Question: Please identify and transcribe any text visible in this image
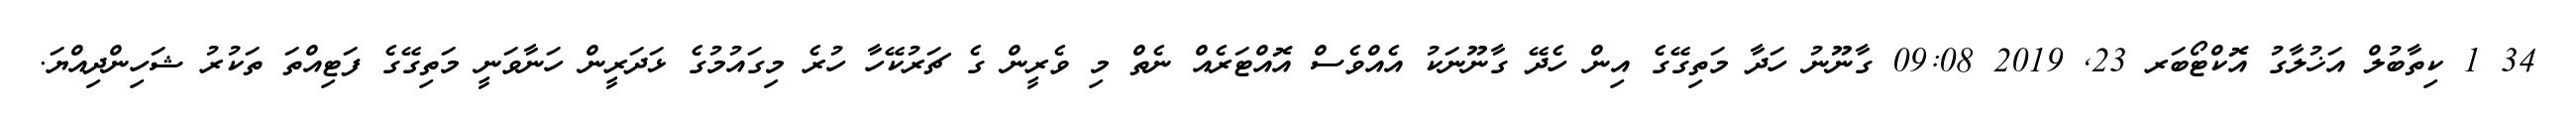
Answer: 34 1 ކިތާބުލް އަޚުލާގު އޮކްޓޯބަރ 23, 2019 09:08 ގާނޫނު ހަދާ މަތިގޭގެ އިން ހެދޭ ގާނޫނަކު އެއްވެސް އޮއްޓަރެއް ނެތް މި ވެރީން ގެ ޗަރުކޭހާ ހުރެ މިގައުމުގެ ޅަދަރީން ހަނާވަނީ މަތިގޭގެ ފަޓިއްތަ ތަކުރު ޝަހިންދިއްޔަ.